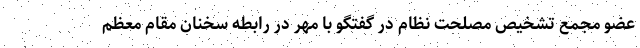
عضو مجمع تشخیص مصلحت نظام در گفتگو با مهر در رابطه سخنان مقام معظم